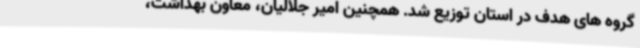
گروه های هدف در استان توزیع شد. همچنین امیر جلالیان، معاون بهداشت،